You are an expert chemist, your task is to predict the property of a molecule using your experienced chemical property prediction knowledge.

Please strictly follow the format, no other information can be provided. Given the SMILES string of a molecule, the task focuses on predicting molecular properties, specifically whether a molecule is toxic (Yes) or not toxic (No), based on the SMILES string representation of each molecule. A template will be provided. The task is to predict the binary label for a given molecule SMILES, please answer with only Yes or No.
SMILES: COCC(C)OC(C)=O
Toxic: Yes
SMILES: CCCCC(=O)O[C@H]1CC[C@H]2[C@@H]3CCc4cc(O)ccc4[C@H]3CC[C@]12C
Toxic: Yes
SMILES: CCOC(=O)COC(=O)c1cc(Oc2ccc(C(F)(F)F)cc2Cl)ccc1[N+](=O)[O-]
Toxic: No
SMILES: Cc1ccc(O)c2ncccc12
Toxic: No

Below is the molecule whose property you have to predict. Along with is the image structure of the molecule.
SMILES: COCCCOc1ccnc(CS(=O)c2nc3ccccc3[n-]2)c1C
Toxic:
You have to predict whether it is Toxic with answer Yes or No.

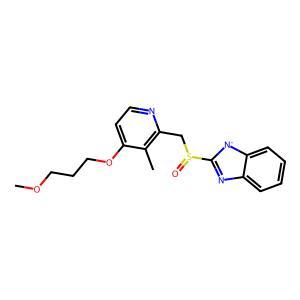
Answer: Yes